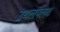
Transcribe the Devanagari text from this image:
उथलपलथ